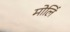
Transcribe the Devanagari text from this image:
मोलिं